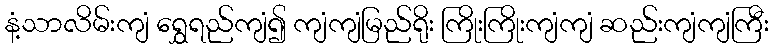
နံ့သာလိမ်းကျံ ရွှေရည်ကျံ၍ ကျံကျံမြည်ရိုး ကြိုးကြိုးကျံကျံ ဆည်းကျံကျံကြီး